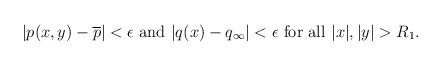
LaTeX: \begin{align*} |p(x,y)-\overline{p}|< \epsilon \mbox{ and } |q(x)-q_{\infty}|< \epsilon \mbox{ for all } |x|,|y|>R_1. \end{align*}